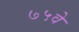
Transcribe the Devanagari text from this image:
७५वे